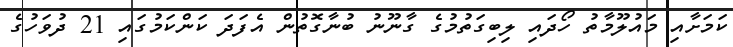
ކަމަށާއި މައުލޫމާތު ހޯދައި ލިބިގަތުމުގެ ގާނޫނު ބުނާގޮތުން އެފަދަ ކަންކަމުގައި 21 ދުވަހުގެ